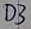
Text: D3